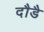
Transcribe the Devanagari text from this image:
दौडै